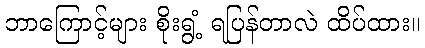
ဘာကြောင့်များ စိုးရွံ့ ရပြန်တာလဲ ထိပ်ထား။